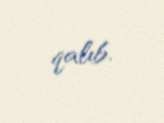
qalıb.